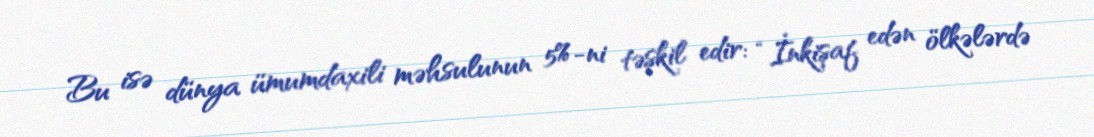
Bu isə dünya ümumdaxili məhsulunun 5%-ni təşkil edir: “İnkişaf edən ölkələrdə